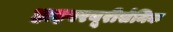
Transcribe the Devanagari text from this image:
हाइपरयूरीसेमिक